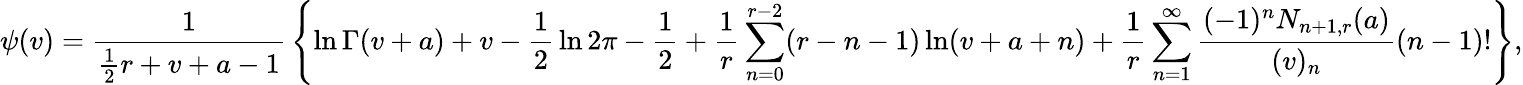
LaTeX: \psi(v)={\frac{1}{{\frac{1}{2}}r+v+a-1}}\left\{ \ln\Gamma(v+a)+v-{\frac{1}{2}}\ln 2\pi-{\frac{1}{2}}+{\frac{1}{r}}\sum_{n=0}^{r-2}(r-n-1)\ln(v+a+n)+{\frac{1}{r}}\sum_{n=1}^{\infty}{\frac{(-1)^{n}N_{n+1,r}(a)}{(v)_{n}}}(n-1)!\right\} ,